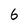
Character: 6